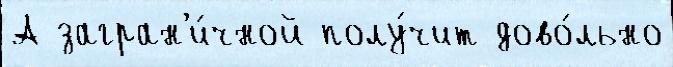
А загран'и́чной полу́чит дово́льно